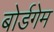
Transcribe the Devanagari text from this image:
बोर्डगेम